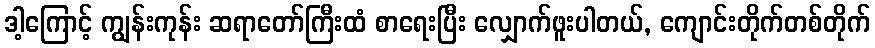
ဒါ့ကြောင့် ကျွန်းကုန်း ဆရာတော်ကြီးထံ စာရေးပြီး လျှောက်ဖူးပါတယ်, ကျောင်းတိုက်တစ်တိုက်